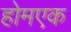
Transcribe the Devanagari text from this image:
होमएक